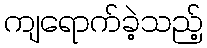
ကျရောက်ခဲ့သည့်